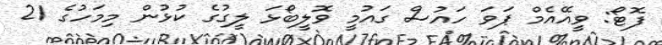
ފޮޓޯ: ވީއޭއެމް ޕަވަ ހައުސް ގައުމީ ވޮލީބޯޅަ ލީގުގެ ކުޅުން މިމަހުގެ 21